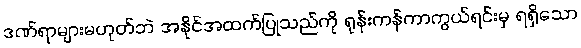
ဒဏ်ရာများမဟုတ်ဘဲ အနိုင်အထက်ပြုသည်ကို ရုန်းကန်ကာကွယ်ရင်းမှ ရရှိသော